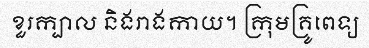
ខួរក្បាល និងរាងកាយ។ ក្រុមគ្រូពេទ្យ